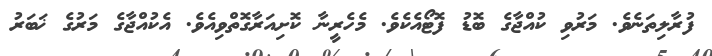
ފުރާލިތަނެވެ. މަރުވި ކުއްޖާގެ ބޮޑު ފޮޓޯއެކެވެ. މެހެރީނާ ކޮށިއަރާގޮތްވިއެވެ. އެކުއްޖާގެ މަރުގެ ޚަބަރު